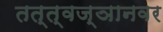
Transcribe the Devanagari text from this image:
तत्त्वज्ञानवर